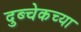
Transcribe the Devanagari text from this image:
दुब्चेकच्या